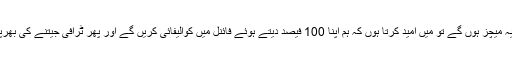
جب ٹورنامنٹ کے بقیہ میچز ہوں گے تو میں امید کرتا ہوں کہ ہم اپنا 100 فیصد دیتے ہوئے فائنل میں کوالیفائی کریں گے اور پھر ٹرافی جیتنے کی بھرپور کوشش کریں گے۔